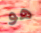
هو